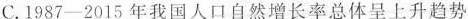
C.1987-2015年我国人口自然增长率总体呈上升趋势